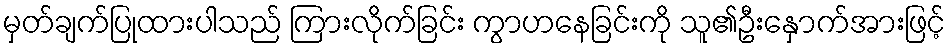
မှတ်ချက်ပြုထားပါသည် ကြားလိုက်ခြင်း ကွာဟနေခြင်းကို သူ၏ဦးနှောက်အားဖြင့်